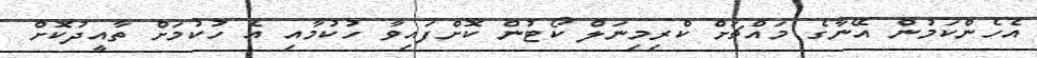
އެހެންކަމުން އޭނާގެ މައްޗަށް ކްރިމިނަލް ކޯޓުން ކޮށްފައިވާ ހުކުމާއި އެ ހުކުމަށް ތާއީދުކޮށް